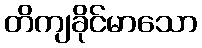
တိကျခိုင်မာသော